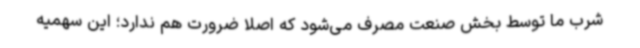
شرب‌ ما توسط بخش صنعت مصرف می‌شود که اصلا ضرورت هم ندارد؛ این سهمیه